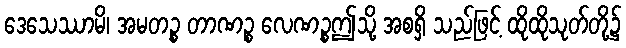
ဒေသေဿာမိ၊ အမတဉ္စ တာဏဉ္စ လေဏဉ္စဤသို့ အစရှိ သည်ဖြင့် ထိုထိုသုတ်တို့၌